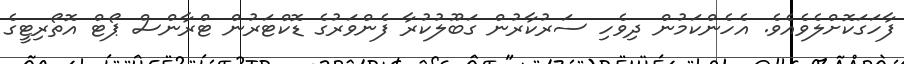
ފާހަގަކޮށްލެވެއެވެ. އެހެންކަމުން ދިވެހި ސަރުކާރުން ގަބޫލުކުރާ ފެންވަރުގެ ޑޮކްޓަރުން ޓްރާންސް ޕޯޓް އޮތޯރިޓީގެ